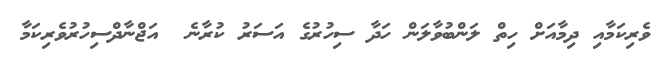
ވެރިކަމާއި ދިމާއަށް ހިތް ލަންބުވާލަން ހަދާ ސިހުރުގެ އަސަރު ކުރާނެ  އަޖްނާދްސިހުރުވެރިކަމާ